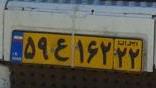
۵۹ع۱۶۲۲۲